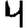
Digit: 4